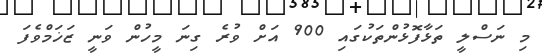
މި ނަސްލީ ތަޅާފޮޅުންތަކުގައި 900 އަށް ވުރެ ގިނަ މީހުން ވަނީ ޒަޚަމްވެފަ